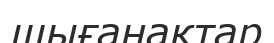
шығанақтар